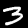
Digit: 3